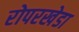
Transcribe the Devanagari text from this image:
रोपरखेडा